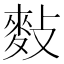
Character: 𪌏